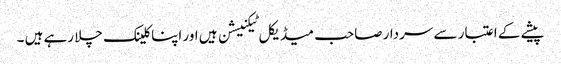
پیشے کے اعتبار سے سردار صاحب میڈیکل ٹیکنیشن ہیں اور اپنا کلینک چلا رہے ہیں ۔